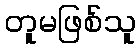
တူမဖြစ်သူ